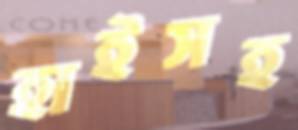
হাইসহ